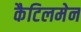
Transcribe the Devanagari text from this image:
कैटिलमेन